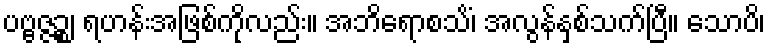
ပဗ္ဗဇ္ဇဉ္စ၊ ရဟန်းအဖြစ်ကိုလည်း။ အဘိရောစသိံ၊ အလွန်နှစ်သက်ပြီ။ သောပိ၊